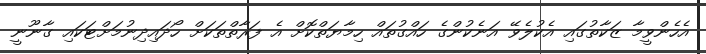
އެހެންވީމާ ޒަކާތުގައި އެކުލެވޭ އަނެކުންގެ ހައްގުތައް ހިމާޔަތްކޮށް އެ ފަރާތްތަކަށް ހޯދައިދިނުމަށްޓަކައި ގާނޫނީ